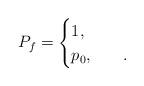
LaTeX: \begin{align*}P_f=\begin{cases}1,\quad&\\p_0,\quad&.\end{cases}\end{align*}